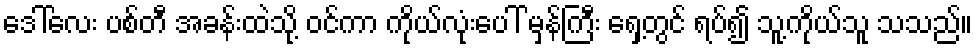
ဒေါ်လေး ပစ်တီ အခန်းထဲသို့ ဝင်ကာ ကိုယ်လုံးပေါ် မှန်ကြီး ရှေ့တွင် ရပ်၍ သူ့ကိုယ်သူ သသည်။